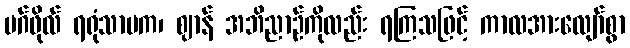
မဂ်ဖိုလ် ရရုံသာမက၊ ဈာန် အဘိညာဉ်ကိုလည်း ရကြသဖြင့် ကာလအားလျော်စွာ